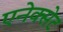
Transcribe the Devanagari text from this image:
एनेक्सेट